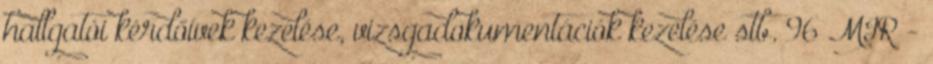
hallgatói kérdőívek kezelése, vizsgadokumentációk kezelése stb. 96 MIR -